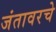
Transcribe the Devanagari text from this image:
जंतावरचे